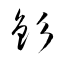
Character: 釤